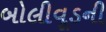
બોલીવૂડની